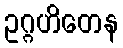
ဥဂ္ဂဟိတေန